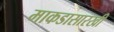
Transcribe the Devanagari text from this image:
माकडासारखी